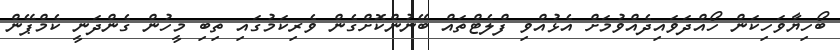
ބޯހިޔާވަހިކަން ހޯއްދަވައިދެއްވުމަށް އެޅުއްވި ފްލެޓްތައް ބޭނުންކޮށްގެން ވެރިކަމުގައި ތިބި މީހުން ގެންދަނީ ކެމްޕޭން